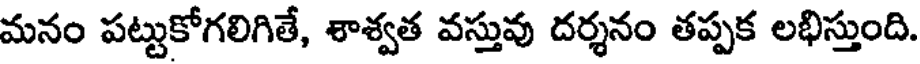
మనం పట్టుకోగలిగితే, శాశ్వత వస్తువు దర్శనం తప్పక లభిస్తుంది.